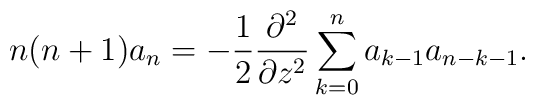
n(n+1)a_{n}=-\frac{1}{2}\frac{\partial^2}{\partial z^2}           \sum_{k=0}^{n}a_{k-1}a_{n-k-1}.